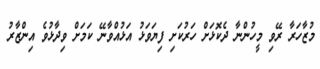
މުޒާހަރާ ރޭވި މީހުންނާ ދެކޮޅަށް ހަރުކަށި ފިޔަވަޅު އަޅުއްވާނޭ ކަމަށް ވިދާޅުވެ އިންޒާރު